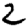
Digit: 2